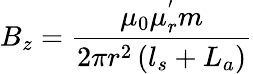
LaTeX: B_{z}=\frac{\mu_{0}\mu_{r}^{'}m}{2\pi r^{2}\left(l_{s}+L_{a}\right)}